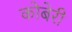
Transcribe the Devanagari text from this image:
कोबेरी